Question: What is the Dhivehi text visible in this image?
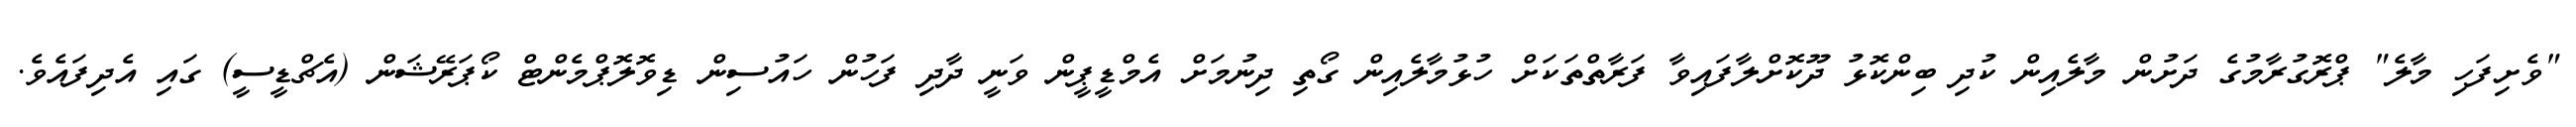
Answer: "ވެށިފަހި މާލެ" ޕްރޮގުރާމުގެ ދަށުން މާލެއިން ކުދި ބިންކޮޅު ދޫކޮށްލާފައިވާ ފަރާތްތަކަށް ހުޅުމާލެއިން ގޯތި ދިނުމަށް އެމްޑީޕީން ވަނީ ދާދި ފަހުން ހައުސިން ޑިވޮލޮޕްމެންޓް ކޯޕަރޭޝަން (އެޗްޑީސީ) ގައި އެދިފައެވެ.